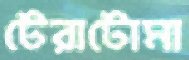
টেরাটোমা